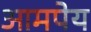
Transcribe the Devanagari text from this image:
आमपेय